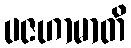
ပဇဟာမာတိ